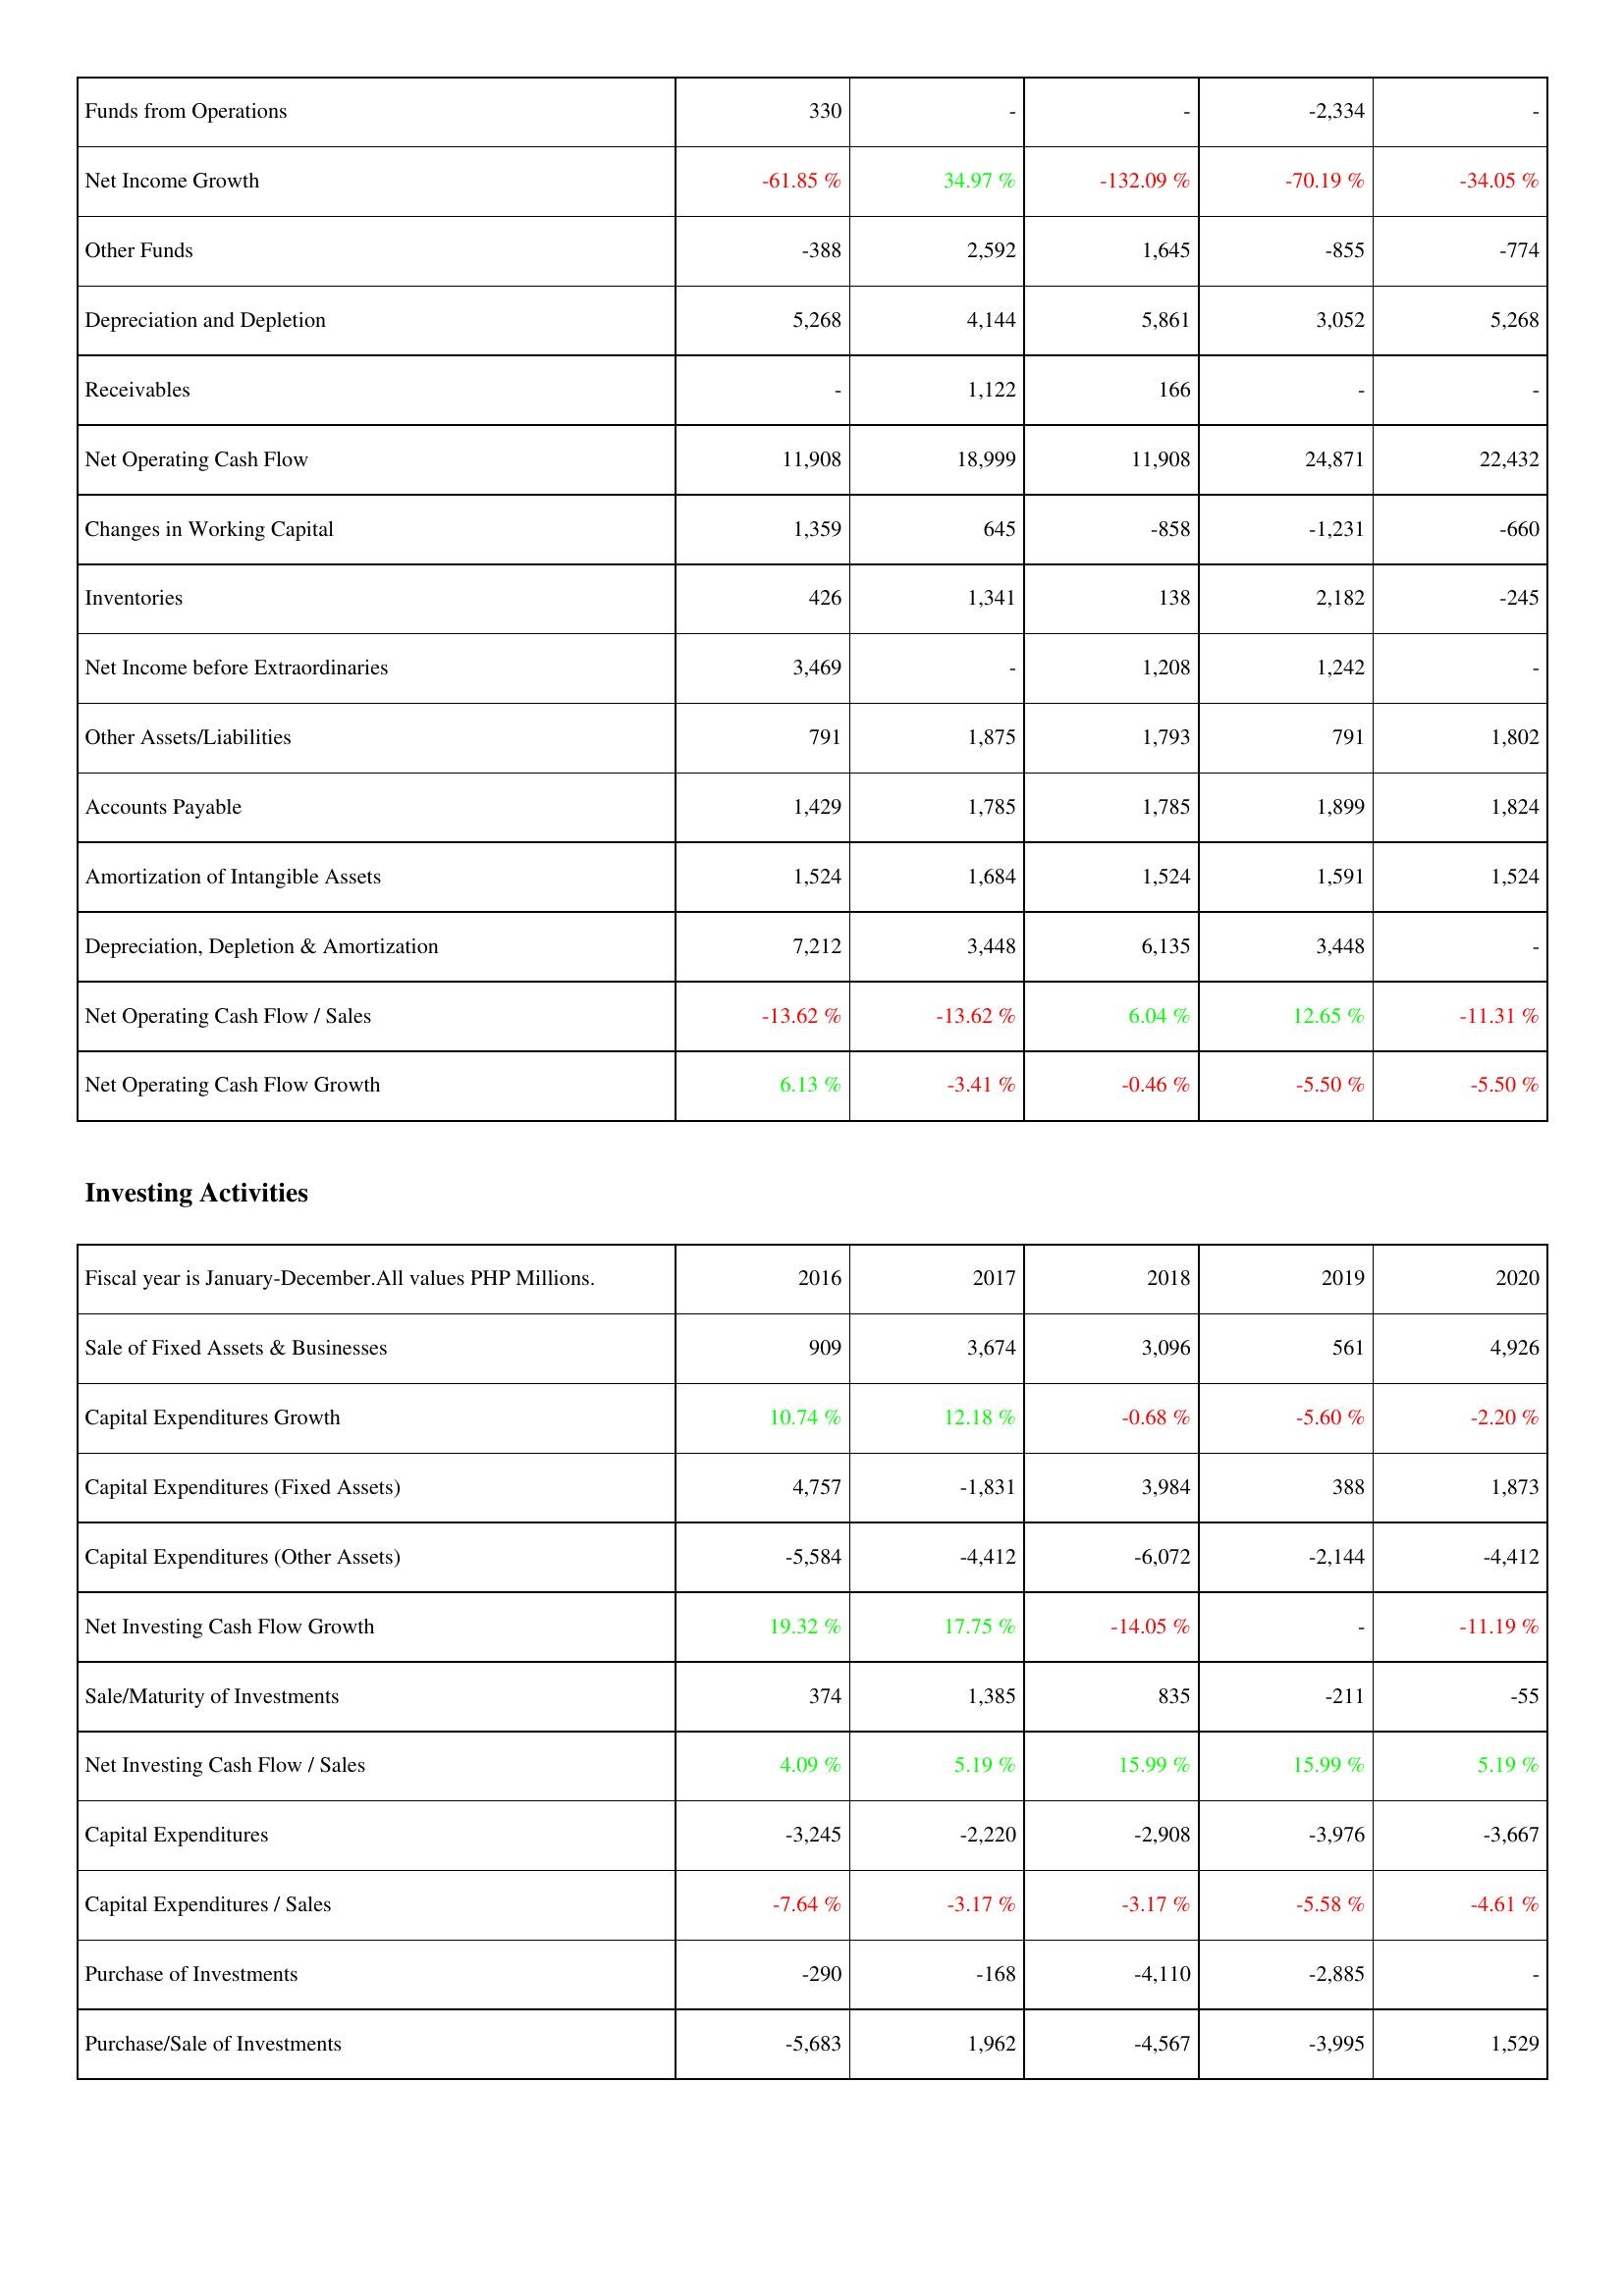
2016: Operating Activities: Funds from Operations: 330
Net Income Growth: -61.85 %
Other Funds: -388
Depreciation and Depletion: 5,268
Receivables: -
Net Operating Cash Flow: 11,908
Changes in Working Capital: 1,359
Inventories: 426
Net Income before Extraordinaries: 3,469
Other Assets/Liabilities: 791
Accounts Payable: 1,429
Amortization of Intangible Assets: 1,524
Depreciation, Depletion & Amortization: 7,212
Net Operating Cash Flow / Sales: -13.62 %
Net Operating Cash Flow Growth: 6.13 %
Investing Activities: Sale of Fixed Assets & Businesses: 909
Capital Expenditures Growth: 10.74 %
Capital Expenditures (Fixed Assets): 4,757
Capital Expenditures (Other Assets): -5,584
Net Investing Cash Flow Growth: 19.32 %
Sale/Maturity of Investments: 374
Net Investing Cash Flow / Sales: 4.09 %
Capital Expenditures: -3,245
Capital Expenditures / Sales: -7.64 %
Purchase of Investments: -290
Purchase/Sale of Investments: -5,683
2017: Operating Activities: Funds from Operations: -
Net Income Growth: 34.97 %
Other Funds: 2,592
Depreciation and Depletion: 4,144
Receivables: 1,122
Net Operating Cash Flow: 18,999
Changes in Working Capital: 645
Inventories: 1,341
Net Income before Extraordinaries: -
Other Assets/Liabilities: 1,875
Accounts Payable: 1,785
Amortization of Intangible Assets: 1,684
Depreciation, Depletion & Amortization: 3,448
Net Operating Cash Flow / Sales: -13.62 %
Net Operating Cash Flow Growth: -3.41 %
Investing Activities: Sale of Fixed Assets & Businesses: 3,674
Capital Expenditures Growth: 12.18 %
Capital Expenditures (Fixed Assets): -1,831
Capital Expenditures (Other Assets): -4,412
Net Investing Cash Flow Growth: 17.75 %
Sale/Maturity of Investments: 1,385
Net Investing Cash Flow / Sales: 5.19 %
Capital Expenditures: -2,220
Capital Expenditures / Sales: -3.17 %
Purchase of Investments: -168
Purchase/Sale of Investments: 1,962
2018: Operating Activities: Funds from Operations: -
Net Income Growth: -132.09 %
Other Funds: 1,645
Depreciation and Depletion: 5,861
Receivables: 166
Net Operating Cash Flow: 11,908
Changes in Working Capital: -858
Inventories: 138
Net Income before Extraordinaries: 1,208
Other Assets/Liabilities: 1,793
Accounts Payable: 1,785
Amortization of Intangible Assets: 1,524
Depreciation, Depletion & Amortization: 6,135
Net Operating Cash Flow / Sales: 6.04 %
Net Operating Cash Flow Growth: -0.46 %
Investing Activities: Sale of Fixed Assets & Businesses: 3,096
Capital Expenditures Growth: -0.68 %
Capital Expenditures (Fixed Assets): 3,984
Capital Expenditures (Other Assets): -6,072
Net Investing Cash Flow Growth: -14.05 %
Sale/Maturity of Investments: 835
Net Investing Cash Flow / Sales: 15.99 %
Capital Expenditures: -2,908
Capital Expenditures / Sales: -3.17 %
Purchase of Investments: -4,110
Purchase/Sale of Investments: -4,567
2019: Operating Activities: Funds from Operations: -2,334
Net Income Growth: -70.19 %
Other Funds: -855
Depreciation and Depletion: 3,052
Receivables: -
Net Operating Cash Flow: 24,871
Changes in Working Capital: -1,231
Inventories: 2,182
Net Income before Extraordinaries: 1,242
Other Assets/Liabilities: 791
Accounts Payable: 1,899
Amortization of Intangible Assets: 1,591
Depreciation, Depletion & Amortization: 3,448
Net Operating Cash Flow / Sales: 12.65 %
Net Operating Cash Flow Growth: -5.50 %
Investing Activities: Sale of Fixed Assets & Businesses: 561
Capital Expenditures Growth: -5.60 %
Capital Expenditures (Fixed Assets): 388
Capital Expenditures (Other Assets): -2,144
Net Investing Cash Flow Growth: -
Sale/Maturity of Investments: -211
Net Investing Cash Flow / Sales: 15.99 %
Capital Expenditures: -3,976
Capital Expenditures / Sales: -5.58 %
Purchase of Investments: -2,885
Purchase/Sale of Investments: -3,995
2020: Operating Activities: Funds from Operations: -
Net Income Growth: -34.05 %
Other Funds: -774
Depreciation and Depletion: 5,268
Receivables: -
Net Operating Cash Flow: 22,432
Changes in Working Capital: -660
Inventories: -245
Net Income before Extraordinaries: -
Other Assets/Liabilities: 1,802
Accounts Payable: 1,824
Amortization of Intangible Assets: 1,524
Depreciation, Depletion & Amortization: -
Net Operating Cash Flow / Sales: -11.31 %
Net Operating Cash Flow Growth: -5.50 %
Investing Activities: Sale of Fixed Assets & Businesses: 4,926
Capital Expenditures Growth: -2.20 %
Capital Expenditures (Fixed Assets): 1,873
Capital Expenditures (Other Assets): -4,412
Net Investing Cash Flow Growth: -11.19 %
Sale/Maturity of Investments: -55
Net Investing Cash Flow / Sales: 5.19 %
Capital Expenditures: -3,667
Capital Expenditures / Sales: -4.61 %
Purchase of Investments: -
Purchase/Sale of Investments: 1,529